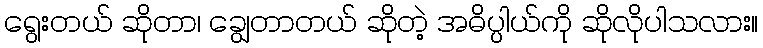
ရွေးတယ် ဆိုတာ၊ ချွေတာတယ် ဆိုတဲ့ အဓိပ္ပါယ်ကို ဆိုလိုပါသလား။